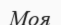
Моя